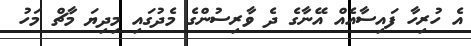
އެ ހުރިހާ ފައިސާއެއް އޭނާގެ ދެ ވާރިސުންގެ މެދުގައި މިދިޔަ މާޗް މަހު